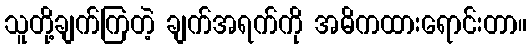
သူတို့ချက်ကြတဲ့ ချက်အရက်ကို အဓိကထားရောင်းတာ။